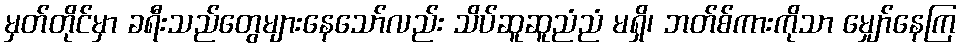
မှတ်တိုင်မှာ ခရီးသည်တွေများနေသော်လည်း သိပ်ဆူဆူညံညံ မရှိ၊ ဘတ်စ်ကားကိုသာ မျှော်နေကြ